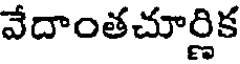
వేదాంతచూర్ణిక